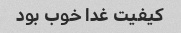
کیفیت غدا خوب بود